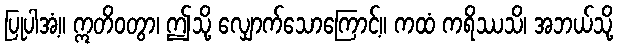
ပြုပါအံ့။ ဣတိဝတွာ၊ ဤသို့ လျှောက်သောကြောင့်။ ကထံ ကရိဿသိ၊ အဘယ်သို့